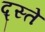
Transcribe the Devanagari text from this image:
द्स्ते